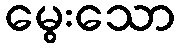
မွေးသော